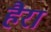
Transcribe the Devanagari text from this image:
हैरा